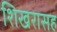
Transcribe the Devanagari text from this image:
शिखरासह